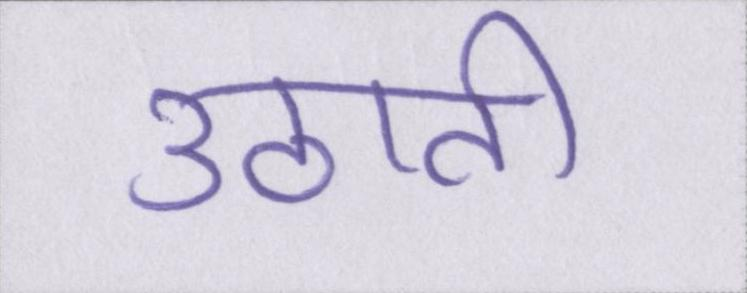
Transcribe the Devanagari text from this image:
उठाती